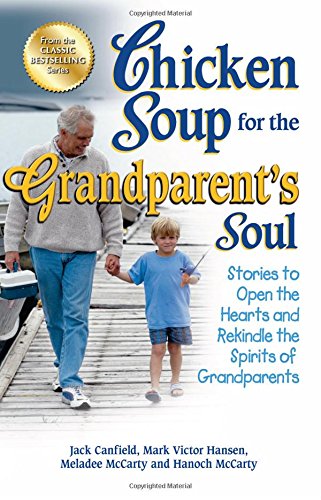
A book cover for Chicken Soup for the Grandparent's Soul: Stories to Open the Hearts and Rekindle the Spirits of Grandparents (Chicken Soup for the Soul); Jack Canfield; Parenting & Relationships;